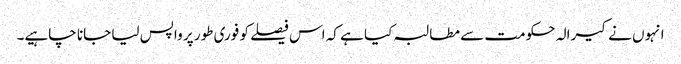
انہوں نے کیرالہ حکومت سے مطالبہ کیا ہے کہ اس فیصلے کو فوری طور پر واپس لیا جانا چاہیے۔